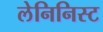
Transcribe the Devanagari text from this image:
लेनिनिस्ट